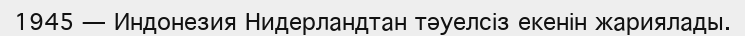
1945 — Индонезия Нидерландтан тәуелсіз екенін жариялады.